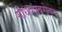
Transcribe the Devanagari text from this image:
गीधाडांबरोबर